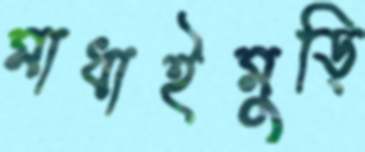
মাধাইমুড়ি